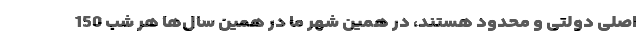
اصلی دولتی و محدود هستند، در همین شهرِ ما در همین سال‌ها هر شب 150